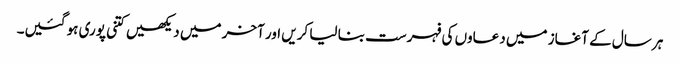
ہر سال کے آغاز میں دعاوں کی فہرست بنا لیا کریں اور آخر میں دیکھیں کتنی پوری ہو گئیں۔